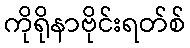
ကိုရိုနာဗိုင်းရတ်စ်